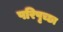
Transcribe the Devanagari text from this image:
परिपृच्छा